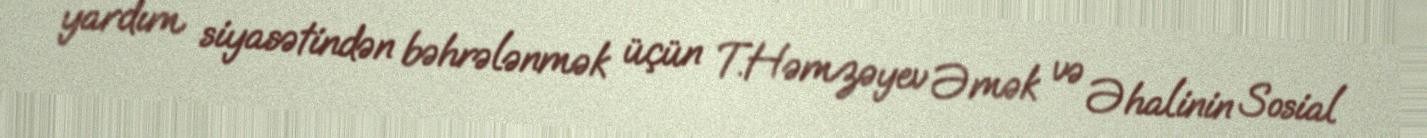
yardım siyasətindən bəhrələnmək üçün T.Həmzəyev Əmək və Əhalinin Sosial